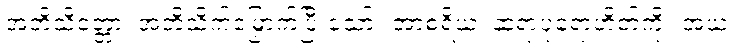
အဘိသိတ္တော၊ အဘိသိက်မြှောက်ပြီးသော်။ အာစရိယံ၊ ဆရာပုရောဟိတ်ကို။ အယံ၊